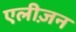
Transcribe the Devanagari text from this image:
एलीज़न